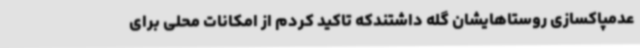
عدمپاکسازی روستاهایشان گله داشتندکه تاکید کردم از امکانات محلی برای